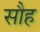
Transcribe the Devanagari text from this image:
सौह